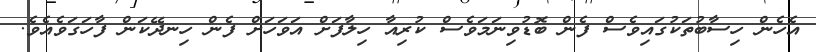
އެހެން ހިސާބުތަކުގައިވެސް ފެން ބޮޑުވިނަމަވެސް ކުރިއާ ހިލާފަށް އަވަހަށް ފެން ހިނދޭކަން ފާހަގަވެއެވެ.